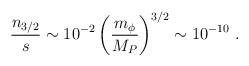
LaTeX: \begin{align*}{n_{3/2}\over s} \sim 10^{-2} \left({m_\phi\over M_P}\right)^{3/2}\sim 10^{-10} \ . \end{align*}